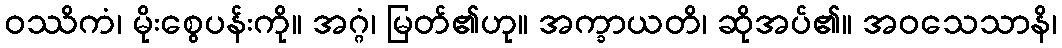
ဝဿိကံ၊ မိုးစွေပန်းကို။ အဂ္ဂံ၊ မြတ်၏ဟု။ အက္ခာယတိ၊ ဆိုအပ်၏။ အဝသေသာနိ၊